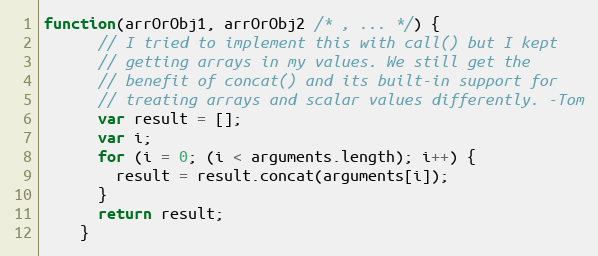
Language: JavaScript
function(arrOrObj1, arrOrObj2 /* , ... */) {
      // I tried to implement this with call() but I kept
      // getting arrays in my values. We still get the
      // benefit of concat() and its built-in support for
      // treating arrays and scalar values differently. -Tom
      var result = [];
      var i;
      for (i = 0; (i < arguments.length); i++) {
        result = result.concat(arguments[i]);
      }
      return result;
    }